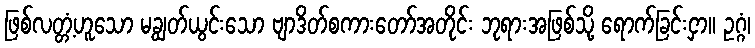
ဖြစ်လတ္တံ့ဟူသော မချွတ်ယွင်းသော ဗျာဒိတ်စကားတော်အတိုင်း ဘုရားအဖြစ်သို့ ရောက်ခြင်းငှာ။ ဥဂ္ဂံ၊